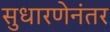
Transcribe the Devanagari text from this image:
सुधारणेनंतर